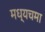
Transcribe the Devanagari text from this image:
मध्यचमा